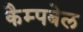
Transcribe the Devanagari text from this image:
कैम्‍पबेल